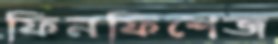
ফিনফিশেজ